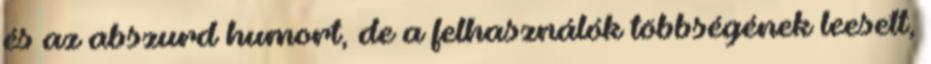
és az abszurd humort, de a felhasználók többségének leesett,